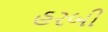
હરબી